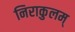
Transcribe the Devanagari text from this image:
निराकुलम्